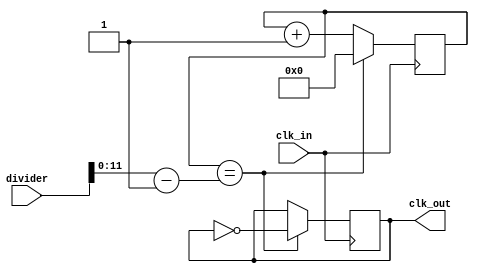
module fractional_clock_divider (
    input         clk_in,  // input clock
    input  [15:0] divider, // division factor
    output reg    clk_out  // output clock
);

reg [11:0] count;
reg [11:0] threshold;

always @(posedge clk_in) begin
    if (count == threshold) begin
        count <= 0;
        clk_out <= ~clk_out;
    end else begin
        count <= count + 1;
    end
end

always @(*) begin
    threshold = divider - 1; // set threshold based on division factor
end

endmodule